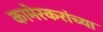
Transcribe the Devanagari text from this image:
कामेरकरांच्या